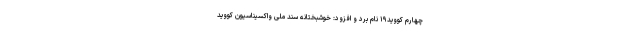
چهارم کووید۱۹ نام برد و افزود: خوشبختانه سند ملی واکسیناسیون کووید